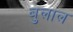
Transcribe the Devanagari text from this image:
बुलाल